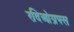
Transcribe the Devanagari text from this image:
रदिओग्रफ्स